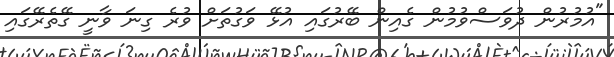
"އުމުރުން ދުވަސްވުމުން ގެއިން ބޭރުގައި އުޅޭ ވަގުތަށް ވުރެ ގިނަ ވާނީ ގޭތެރޭގައި